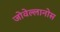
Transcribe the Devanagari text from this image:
जोवेल्लानोस